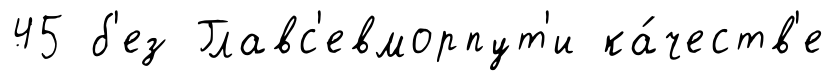
45 б'ез Главс'евморпут'и ка́честв'е